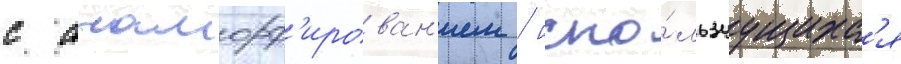
с анаморф'ирован'ием / испо́льзуущихс'я